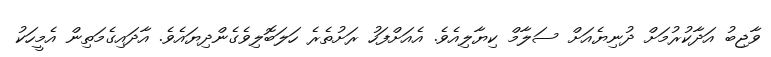
ވާޖިބު އަދާކުރުމަށް ދުނިޔެއަށް ސަލާމް ކިޔާލިއެވެ. އެއަށްފަހު ރަށުތެރެ ހަލަބޮލިވެގެންދިޔައެވެ. އާދައިގެމަތިން އެމީހަކު